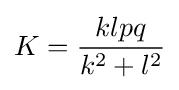
K={\frac {klpq}{k^{2}+l^{2}}}